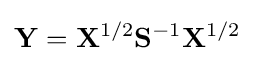
\mathbf {Y} =\mathbf {X} ^{1/2}\mathbf {S} ^{-1}\mathbf {X} ^{1/2}